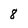
Character: 8